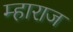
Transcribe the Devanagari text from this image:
म्हाराज